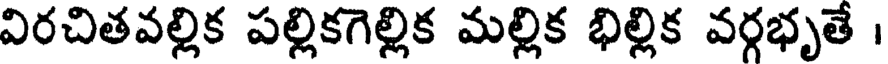
విరచితవల్లిక పల్లికగెల్లిక మల్లిక భిల్లిక వర్గభృతే ।